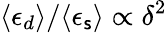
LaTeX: \langle\epsilon_{d}\rangle/\langle\epsilon_{\mathsf{s}}\rangle\propto\delta^{2}